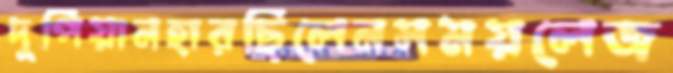
দুপিয়ানহারছিলেনসময়লেজ